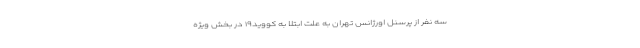
سه نفر از پرسنل اورژانس تهران به علت ابتلا به کووید۱۹ در بخش ویژه